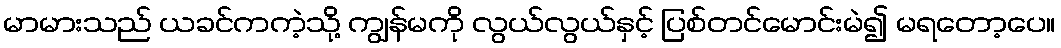
မာမားသည် ယခင်ကကဲ့သို့ ကျွန်မကို လွယ်လွယ်နှင့် ပြစ်တင်မောင်းမဲ၍ မရတော့ပေ။